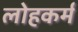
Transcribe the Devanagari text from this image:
लोहकर्म